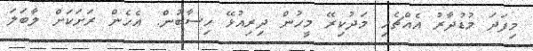
މިފަދަ މުޑުދާރު އެއްޗެހި މަދުކިރޭ މީހުން ދިރިއުޅޭ ހިސާބުން. ޢެހެން ރަށަކަށް ލާބަލަ